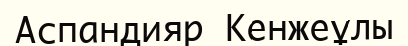
Аспандияр Кенжеұлы